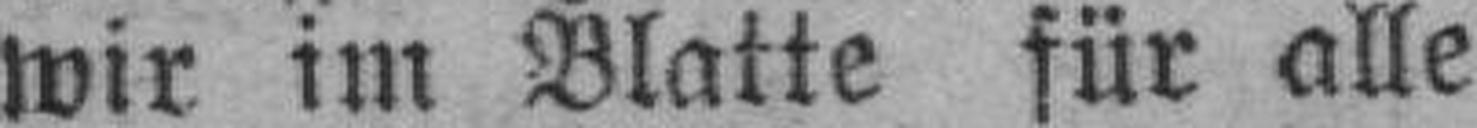
wir im Blatte für alle